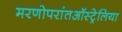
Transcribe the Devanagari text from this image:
मरणोपरांतऑस्ट्रेलिया